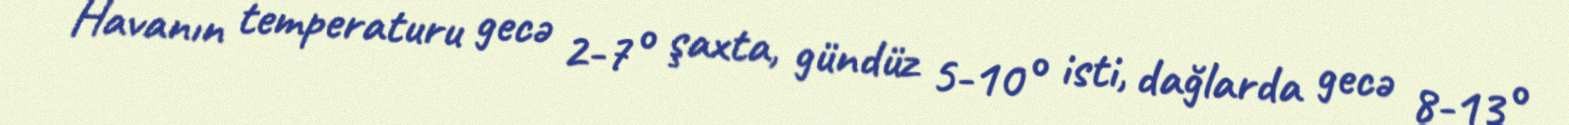
Havanın temperaturu gecə 2-7° şaxta, gündüz 5-10° isti, dağlarda gecə 8-13°